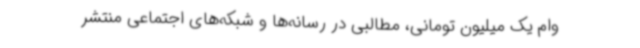
وام یک میلیون تومانی، مطالبی در رسانه‌ها و شبکه‌های اجتماعی منتشر